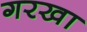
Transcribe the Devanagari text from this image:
गरखा